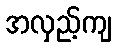
အလှည့်ကျ